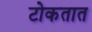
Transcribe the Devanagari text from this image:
टोकतात